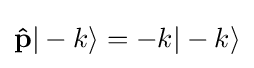
\mathbf {\hat {p}} |-k\rangle =-k|-k\rangle